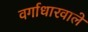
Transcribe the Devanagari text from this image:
वर्गाधारवाले